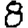
Digit: 8